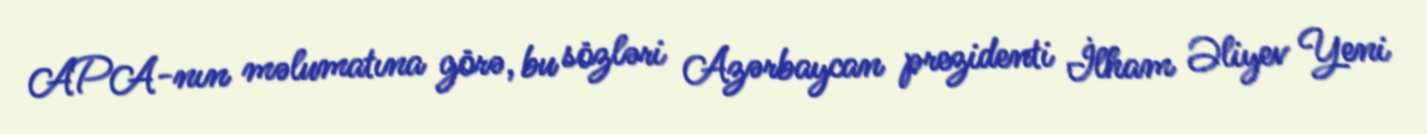
APA-nın məlumatına görə, bu sözləri Azərbaycan prezidenti İlham Əliyev Yeni